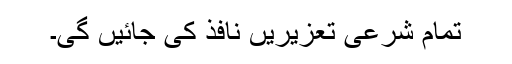
تمام شرعی تعزیریں نافذ کی جائیں گی۔